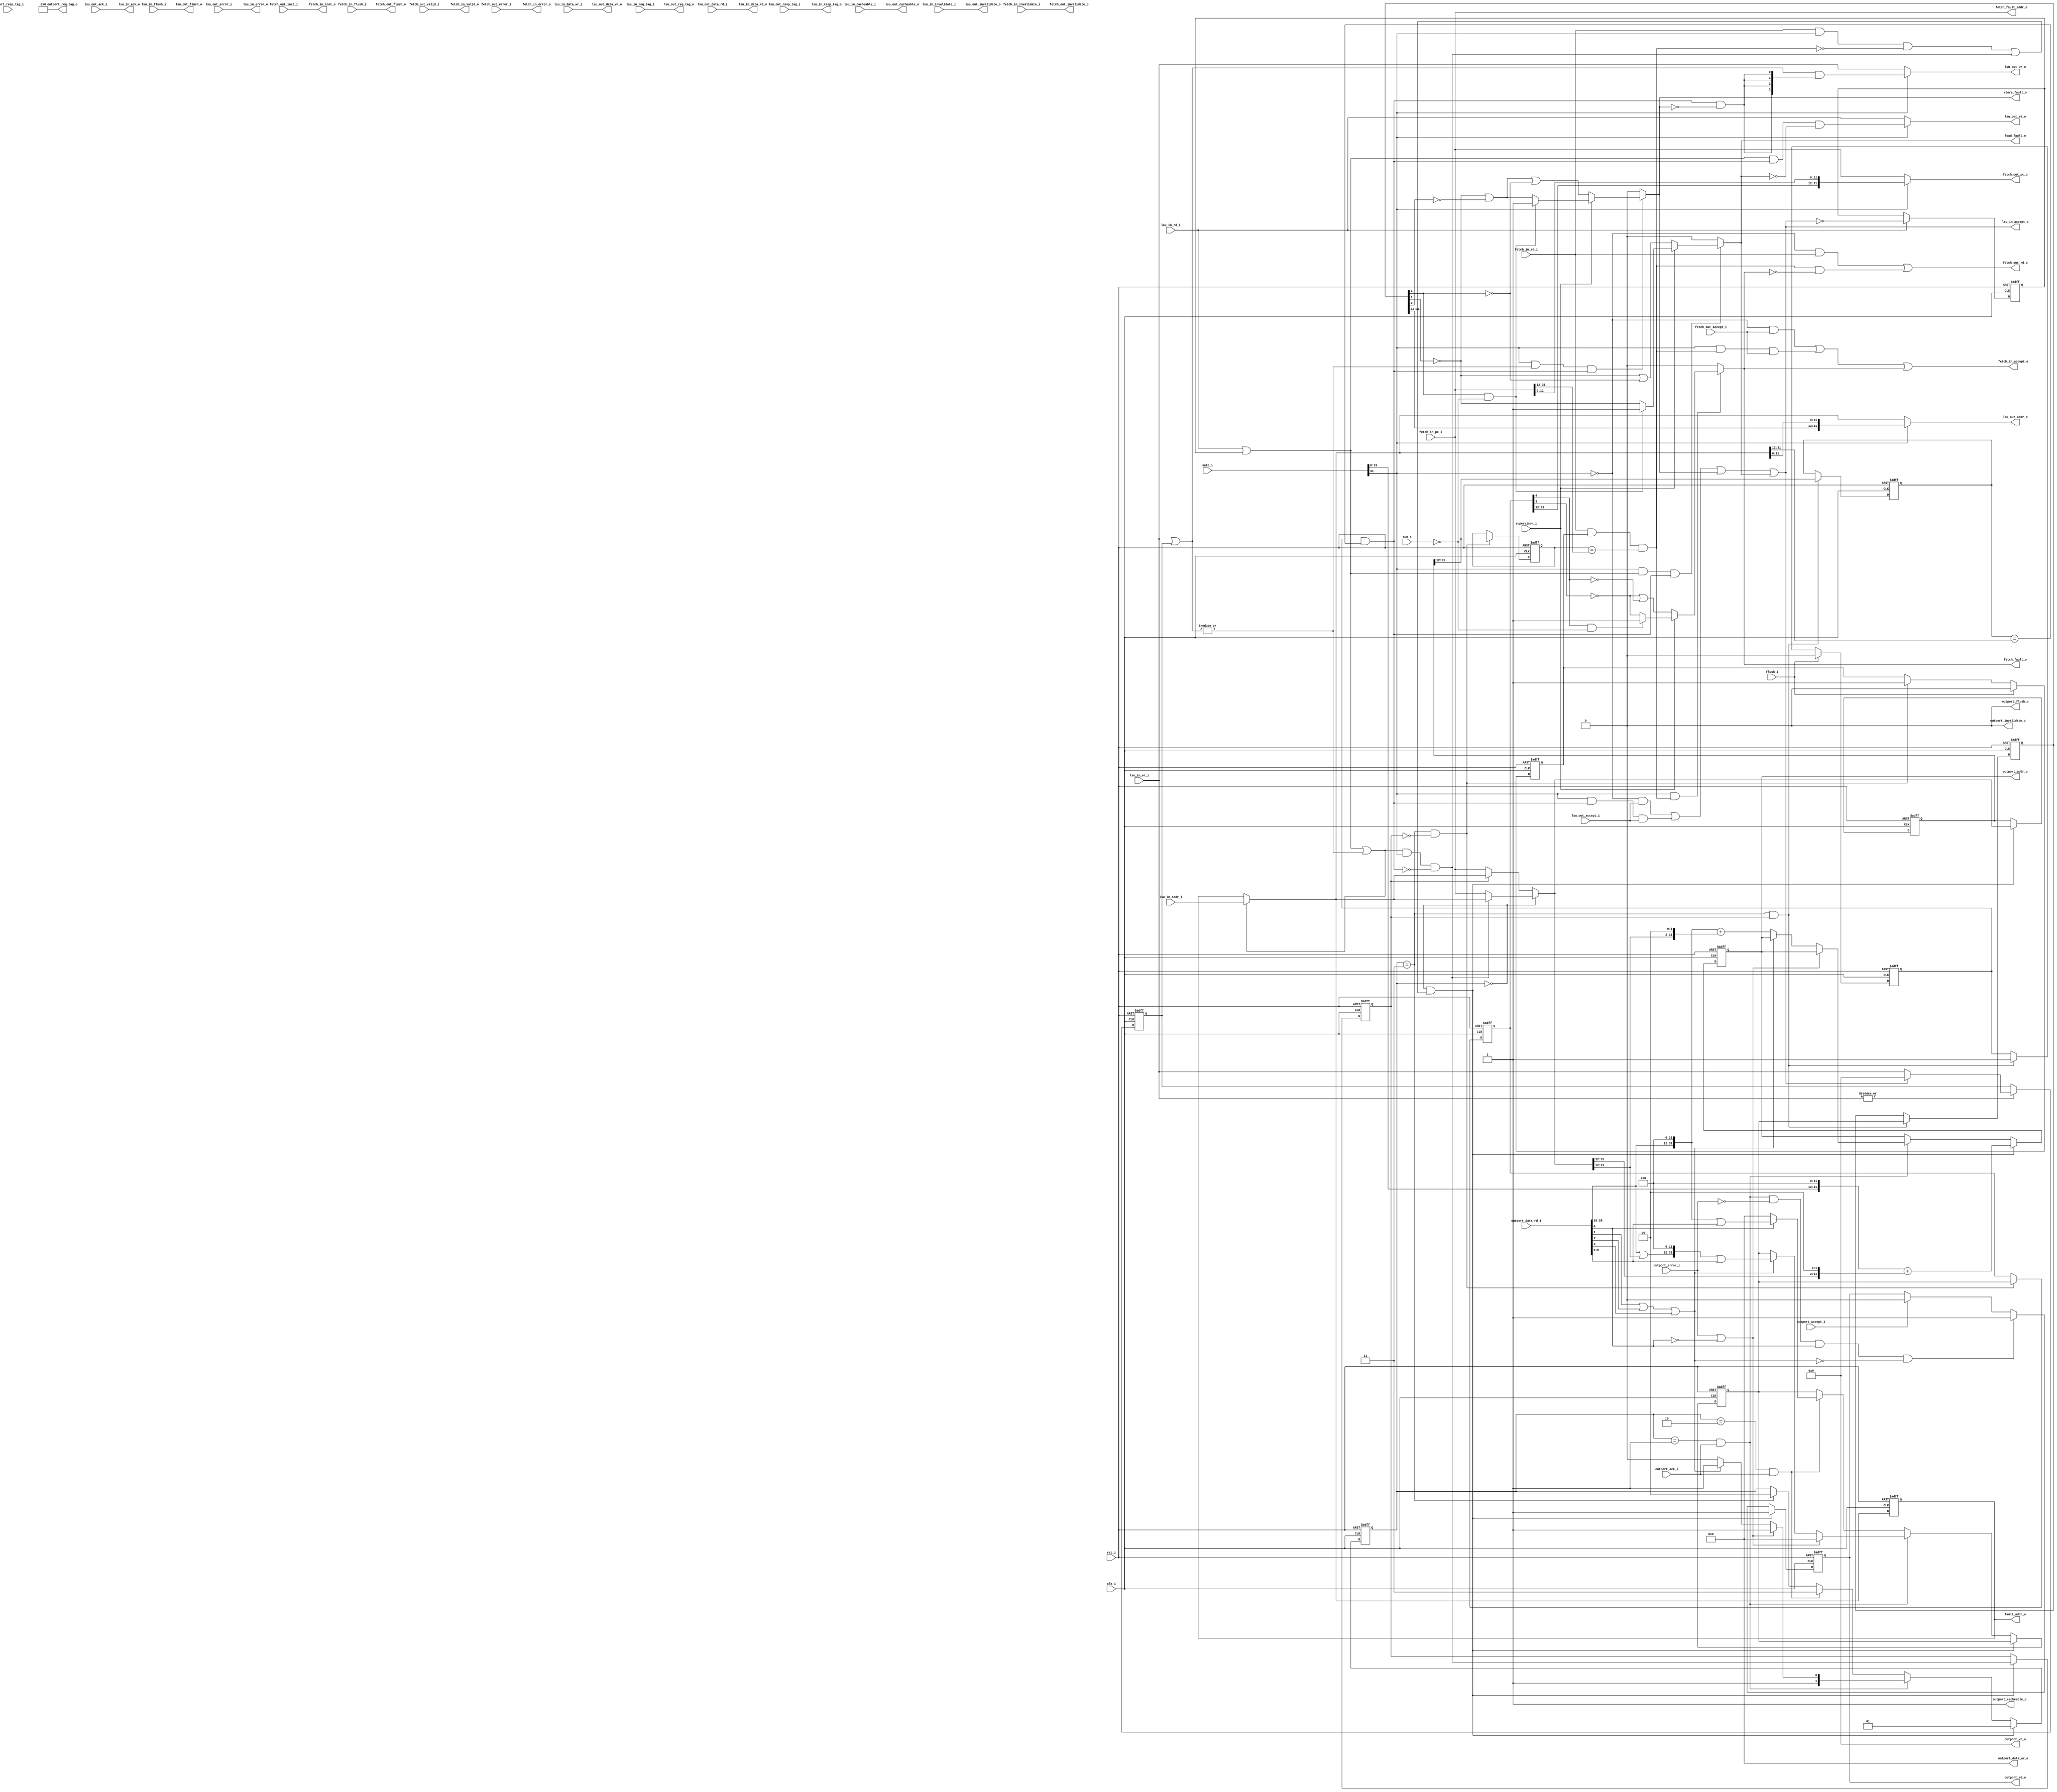
//-----------------------------------------------------------------
//                         RISC-V Core
//                            V0.9.7
//                     Ultra-Embedded.com
//                     Copyright 2014-2019
//
//                   admin@ultra-embedded.com
//
//                       License: BSD
//-----------------------------------------------------------------
//
// Copyright (c) 2014-2019, Ultra-Embedded.com
// All rights reserved.
// 
// Redistribution and use in source and binary forms, with or without
// modification, are permitted provided that the following conditions 
// are met:
//   - Redistributions of source code must retain the above copyright
//     notice, this list of conditions and the following disclaimer.
//   - Redistributions in binary form must reproduce the above copyright
//     notice, this list of conditions and the following disclaimer 
//     in the documentation and/or other materials provided with the 
//     distribution.
//   - Neither the name of the author nor the names of its contributors 
//     may be used to endorse or promote products derived from this 
//     software without specific prior written permission.
// 
// THIS SOFTWARE IS PROVIDED BY THE COPYRIGHT HOLDERS AND CONTRIBUTORS 
// "AS IS" AND ANY EXPRESS OR IMPLIED WARRANTIES, INCLUDING, BUT NOT 
// LIMITED TO, THE IMPLIED WARRANTIES OF MERCHANTABILITY AND FITNESS FOR 
// A PARTICULAR PURPOSE ARE DISCLAIMED. IN NO EVENT SHALL THE AUTHOR BE 
// LIABLE FOR ANY DIRECT, INDIRECT, INCIDENTAL, SPECIAL, EXEMPLARY, OR 
// CONSEQUENTIAL DAMAGES (INCLUDING, BUT NOT LIMITED TO, PROCUREMENT OF 
// SUBSTITUTE GOODS OR SERVICES; LOSS OF USE, DATA, OR PROFITS; OR 
// BUSINESS INTERRUPTION) HOWEVER CAUSED AND ON ANY THEORY OF 
// LIABILITY, WHETHER IN CONTRACT, STRICT LIABILITY, OR TORT
// (INCLUDING NEGLIGENCE OR OTHERWISE) ARISING IN ANY WAY OUT OF 
// THE USE OF THIS SOFTWARE, EVEN IF ADVISED OF THE POSSIBILITY OF 
// SUCH DAMAGE.
//-----------------------------------------------------------------

module riscv_mmu
(
    // Inputs
     input           clk_i
    ,input           rst_i
    ,input  [ 31:0]  outport_data_rd_i
    ,input           outport_accept_i
    ,input           outport_ack_i
    ,input           outport_error_i
    ,input  [ 10:0]  outport_resp_tag_i
    ,input           supervisor_i
    ,input           sum_i
    ,input           flush_i
    ,input  [ 31:0]  satp_i
    ,input           fetch_in_rd_i
    ,input           fetch_in_flush_i
    ,input           fetch_in_invalidate_i
    ,input  [ 31:0]  fetch_in_pc_i
    ,input           fetch_out_accept_i
    ,input           fetch_out_valid_i
    ,input           fetch_out_error_i
    ,input  [ 31:0]  fetch_out_inst_i
    ,input  [ 31:0]  lsu_in_addr_i
    ,input  [ 31:0]  lsu_in_data_wr_i
    ,input           lsu_in_rd_i
    ,input  [  3:0]  lsu_in_wr_i
    ,input           lsu_in_cacheable_i
    ,input  [ 10:0]  lsu_in_req_tag_i
    ,input           lsu_in_invalidate_i
    ,input           lsu_in_flush_i
    ,input  [ 31:0]  lsu_out_data_rd_i
    ,input           lsu_out_accept_i
    ,input           lsu_out_ack_i
    ,input           lsu_out_error_i
    ,input  [ 10:0]  lsu_out_resp_tag_i

    // Outputs
    ,output [ 31:0]  outport_addr_o
    ,output [ 31:0]  outport_data_wr_o
    ,output          outport_rd_o
    ,output [  3:0]  outport_wr_o
    ,output          outport_cacheable_o
    ,output [ 10:0]  outport_req_tag_o
    ,output          outport_invalidate_o
    ,output          outport_flush_o
    ,output          fetch_in_accept_o
    ,output          fetch_in_valid_o
    ,output          fetch_in_error_o
    ,output [ 31:0]  fetch_in_inst_o
    ,output          fetch_out_rd_o
    ,output          fetch_out_flush_o
    ,output          fetch_out_invalidate_o
    ,output [ 31:0]  fetch_out_pc_o
    ,output          fetch_fault_o
    ,output [ 31:0]  fetch_fault_addr_o
    ,output [ 31:0]  lsu_in_data_rd_o
    ,output          lsu_in_accept_o
    ,output          lsu_in_ack_o
    ,output          lsu_in_error_o
    ,output [ 10:0]  lsu_in_resp_tag_o
    ,output [ 31:0]  lsu_out_addr_o
    ,output [ 31:0]  lsu_out_data_wr_o
    ,output          lsu_out_rd_o
    ,output [  3:0]  lsu_out_wr_o
    ,output          lsu_out_cacheable_o
    ,output [ 10:0]  lsu_out_req_tag_o
    ,output          lsu_out_invalidate_o
    ,output          lsu_out_flush_o
    ,output          load_fault_o
    ,output          store_fault_o
    ,output [ 31:0]  fault_addr_o
);



//-----------------------------------------------------------------
// Params
//-----------------------------------------------------------------

// Current state
localparam  STATE_IDLE         = 0;
localparam  STATE_LEVEL_FIRST  = 1;
localparam  STATE_LEVEL_SECOND = 2;
localparam  STATE_UPDATE       = 3;

//-----------------------------------------------------------------
// SATP CSR bits
//-----------------------------------------------------------------
`define SATP_PPN_R        19:0 // TODO: Should be 21??
`define SATP_ASID_R       30:22
`define SATP_MODE_R       31

//--------------------------------------------------------------------
// MMU Defs
//--------------------------------------------------------------------
`define MMU_LEVELS          2
`define MMU_PTIDXBITS       10
`define MMU_PTESIZE         4
`define MMU_PGSHIFT         (`MMU_PTIDXBITS + 2)
`define MMU_PGSIZE          (1 << `MMU_PGSHIFT)
`define MMU_VPN_BITS        (`MMU_PTIDXBITS * `MMU_LEVELS)
`define MMU_PPN_BITS        (32 - `MMU_PGSHIFT)
`define MMU_VA_BITS         (`MMU_VPN_BITS + `MMU_PGSHIFT)

`define PAGE_PRESENT   0
`define PAGE_READ      1
`define PAGE_WRITE     2
`define PAGE_EXEC      3
`define PAGE_USER      4
`define PAGE_GLOBAL    5
`define PAGE_ACCESSED  6
`define PAGE_DIRTY     7
`define PAGE_SOFT      9:8

`define PAGE_FLAGS     10'h3FF

`define PAGE_PFN_SHIFT 10
`define PAGE_SIZE      4096

//-----------------------------------------------------------------
// Registers
//-----------------------------------------------------------------
reg [1:0]   state_q;
wire        idle_w      = (state_q == STATE_IDLE);

wire     resp_valid_w   = outport_ack_i;
wire     resp_error_w   = outport_error_i;

//-----------------------------------------------------------------
// Load / Store
//-----------------------------------------------------------------
reg       load_q;
reg [3:0] store_q;

always @ (posedge clk_i or posedge rst_i)
if (rst_i)
    load_q <= 1'b0;
else if (lsu_in_rd_i)
    load_q <= ~lsu_in_accept_o;

always @ (posedge clk_i or posedge rst_i)
if (rst_i)
    store_q <= 4'b0;
else if (|lsu_in_wr_i)
    store_q <= lsu_in_accept_o ? 4'b0 : lsu_in_wr_i;

wire       load_w  = lsu_in_rd_i | load_q;
wire [3:0] store_w = lsu_in_wr_i | store_q;

reg [31:0] lsu_in_addr_q;

always @ (posedge clk_i or posedge rst_i)
if (rst_i)
    lsu_in_addr_q <= 32'b0;
else if (load_w || (|store_w))
    lsu_in_addr_q <= lsu_in_addr_i;

wire [31:0] lsu_addr_w = (load_w || (|store_w)) ? lsu_in_addr_i : lsu_in_addr_q;

//-----------------------------------------------------------------
// Misc
//-----------------------------------------------------------------
wire        itlb_hit_w;
wire        dtlb_hit_w;

reg         dtlb_req_q;

wire        vm_enable_w = satp_i[`SATP_MODE_R];
wire [31:0] ptbr_w      = {satp_i[`SATP_PPN_R], 12'b0};

// TLB entry does not match request address
wire        itlb_miss_w = fetch_in_rd_i & vm_enable_w & ~itlb_hit_w;
wire        dtlb_miss_w = (load_w || (|store_w)) & vm_enable_w & ~dtlb_hit_w;

// Data miss is higher priority than instruction...
wire [31:0] request_addr_w = idle_w ? 
                            (dtlb_miss_w ? lsu_addr_w : fetch_in_pc_i) :
                             dtlb_req_q ? lsu_addr_w : fetch_in_pc_i;

reg [31:0]  pte_addr_q;
reg [31:0]  pte_entry_q;
reg [31:0]  virt_addr_q;

wire [31:0] pte_ppn_w   = {`PAGE_PFN_SHIFT'b0, outport_data_rd_i[31:`PAGE_PFN_SHIFT]};
wire [9:0]  pte_flags_w = outport_data_rd_i[9:0];

always @ (posedge clk_i or posedge rst_i)
if (rst_i)
begin
    pte_addr_q  <= 32'b0;
    pte_entry_q <= 32'b0;
    virt_addr_q <= 32'b0;
    dtlb_req_q  <= 1'b0;
    state_q     <= STATE_IDLE;
end
else
begin
    // TLB miss, walk page table
    if (state_q == STATE_IDLE && (itlb_miss_w || dtlb_miss_w))
    begin
        pte_addr_q  <= ptbr_w + {20'b0, request_addr_w[31:22], 2'b0};
        virt_addr_q <= request_addr_w;
        dtlb_req_q  <= dtlb_miss_w;

        state_q     <= STATE_LEVEL_FIRST;
    end
    // First level (4MB superpage)
    else if (state_q == STATE_LEVEL_FIRST && resp_valid_w)
    begin
        // Error or page not present
        if (resp_error_w || !outport_data_rd_i[`PAGE_PRESENT])
        begin
            pte_entry_q <= 32'b0;
            state_q     <= STATE_UPDATE;
        end
        // Valid entry, but another level to fetch
        else if (!(outport_data_rd_i[`PAGE_READ] || outport_data_rd_i[`PAGE_WRITE] || outport_data_rd_i[`PAGE_EXEC]))
        begin
            pte_addr_q  <= {outport_data_rd_i[29:10], 12'b0} + {20'b0, request_addr_w[21:12], 2'b0};
            state_q     <= STATE_LEVEL_SECOND;
        end
        // Valid entry, actual valid PTE
        else
        begin
            pte_entry_q <= ((pte_ppn_w | {22'b0, request_addr_w[21:12]}) << `MMU_PGSHIFT) | {22'b0, pte_flags_w};
            state_q     <= STATE_UPDATE;
        end
    end
    // Second level (4KB page)
    else if (state_q == STATE_LEVEL_SECOND && resp_valid_w)
    begin
        // Valid entry, final level
        if (outport_data_rd_i[`PAGE_PRESENT])
        begin
            pte_entry_q <= (pte_ppn_w << `MMU_PGSHIFT) | {22'b0, pte_flags_w};
            state_q     <= STATE_UPDATE;
        end
        // Page fault
        else
        begin
            pte_entry_q <= 32'b0;
            state_q     <= STATE_UPDATE;
        end
    end
    else if (state_q == STATE_UPDATE)
    begin
        state_q    <= STATE_IDLE;
    end
end

//-----------------------------------------------------------------
// IMMU TLB
//-----------------------------------------------------------------
reg         itlb_valid_q;
reg [31:12] itlb_va_addr_q;
reg [31:0]  itlb_entry_q;

always @ (posedge clk_i or posedge rst_i)
if (rst_i)
    itlb_valid_q <= 1'b0;
else if (flush_i)
    itlb_valid_q <= 1'b0;
else if (state_q == STATE_UPDATE && !dtlb_req_q)
    itlb_valid_q <= 1'b1;

always @ (posedge clk_i or posedge rst_i)
if (rst_i)
begin
    itlb_va_addr_q <= 20'b0;
    itlb_entry_q   <= 32'b0;
end
else if (state_q == STATE_UPDATE && !dtlb_req_q)
begin
    itlb_va_addr_q <= virt_addr_q[31:12];
    itlb_entry_q   <= pte_entry_q;
end

// TLB address matched (even on page fault)
assign itlb_hit_w   = fetch_in_rd_i & itlb_valid_q & (itlb_va_addr_q == fetch_in_pc_i[31:12]);

reg pc_fault_r;
always @ *
begin
    pc_fault_r = 1'b0;

    if (vm_enable_w && itlb_hit_w)
    begin
        // Supervisor mode
        if (supervisor_i)
        begin
            // User page, supervisor user mode not enabled
            if (itlb_entry_q[`PAGE_USER] && !sum_i)
                pc_fault_r = 1'b1;
            // Check exec permissions
            else
                pc_fault_r = ~itlb_entry_q[`PAGE_EXEC];
        end
        // User mode
        else
            pc_fault_r = (~itlb_entry_q[`PAGE_EXEC]) | (~itlb_entry_q[`PAGE_USER]);
    end
end

assign fetch_fault_o          = pc_fault_r;
assign fetch_fault_addr_o     = fetch_in_pc_i;

assign fetch_out_rd_o         = (~vm_enable_w & fetch_in_rd_i) || (itlb_hit_w & ~fetch_fault_o);
assign fetch_out_pc_o         = vm_enable_w ? {itlb_entry_q[31:12], fetch_in_pc_i[11:0]} : fetch_in_pc_i;
assign fetch_out_flush_o      = fetch_in_flush_i;
assign fetch_out_invalidate_o = fetch_in_invalidate_i; // TODO: ...

assign fetch_in_accept_o      = (~vm_enable_w & fetch_out_accept_i) | (vm_enable_w & itlb_hit_w & fetch_out_accept_i) | fetch_fault_o;
assign fetch_in_valid_o       = fetch_out_valid_i;
assign fetch_in_error_o       = fetch_out_error_i;
assign fetch_in_inst_o        = fetch_out_inst_i;

//-----------------------------------------------------------------
// DMMU TLB
//-----------------------------------------------------------------
reg         dtlb_valid_q;
reg [31:12] dtlb_va_addr_q;
reg [31:0]  dtlb_entry_q;

always @ (posedge clk_i or posedge rst_i)
if (rst_i)
    dtlb_valid_q <= 1'b0;
else if (flush_i)
    dtlb_valid_q <= 1'b0;
else if (state_q == STATE_UPDATE && dtlb_req_q)
    dtlb_valid_q <= 1'b1;

always @ (posedge clk_i or posedge rst_i)
if (rst_i)
begin
    dtlb_va_addr_q <= 20'b0;
    dtlb_entry_q   <= 32'b0;
end
else if (state_q == STATE_UPDATE && dtlb_req_q)
begin
    dtlb_va_addr_q <= virt_addr_q[31:12];
    dtlb_entry_q   <= pte_entry_q;
end

// TLB address matched (even on page fault)
assign dtlb_hit_w   = dtlb_valid_q & (dtlb_va_addr_q == lsu_addr_w[31:12]);

reg load_fault_r;
always @ *
begin
    load_fault_r = 1'b0;

    if (vm_enable_w && load_w && dtlb_hit_w)
    begin
        // Supervisor mode
        if (supervisor_i)
        begin
            // User page, supervisor user mode not enabled
            if (dtlb_entry_q[`PAGE_USER] && !sum_i)
                load_fault_r = 1'b1;
            // Check exec permissions
            else
                load_fault_r = ~dtlb_entry_q[`PAGE_READ];
        end
        // User mode
        else
            load_fault_r = (~dtlb_entry_q[`PAGE_READ]) | (~dtlb_entry_q[`PAGE_USER]);
    end
end

reg store_fault_r;
always @ *
begin
    store_fault_r = 1'b0;

    if (vm_enable_w && (|store_w) && dtlb_hit_w)
    begin
        // Supervisor mode
        if (supervisor_i)
        begin
            // User page, supervisor user mode not enabled
            if (dtlb_entry_q[`PAGE_USER] && !sum_i)
                store_fault_r = 1'b1;
            // Check exec permissions
            else
                store_fault_r = (~dtlb_entry_q[`PAGE_READ]) | (~dtlb_entry_q[`PAGE_WRITE]);
        end
        // User mode
        else
            store_fault_r = (~dtlb_entry_q[`PAGE_READ]) | (~dtlb_entry_q[`PAGE_WRITE]) | (~dtlb_entry_q[`PAGE_USER]);
    end
end

assign store_fault_o        = store_fault_r;
assign load_fault_o         = load_fault_r;
assign fault_addr_o         = lsu_in_addr_q;

assign lsu_out_rd_o         = vm_enable_w ? (load_w  & dtlb_hit_w & ~load_fault_o)       : lsu_in_rd_i;
assign lsu_out_wr_o         = vm_enable_w ? (store_w & {4{dtlb_hit_w & ~store_fault_o}}) : lsu_in_wr_i;
assign lsu_out_addr_o       = vm_enable_w ? {dtlb_entry_q[31:12], lsu_addr_w[11:0]}      : lsu_addr_w;
assign lsu_out_data_wr_o    = lsu_in_data_wr_i;

assign lsu_out_invalidate_o = lsu_in_invalidate_i;
assign lsu_out_cacheable_o  = lsu_in_cacheable_i;
assign lsu_out_req_tag_o    = lsu_in_req_tag_i;
assign lsu_out_flush_o      = lsu_in_flush_i;

assign lsu_in_ack_o         = lsu_out_ack_i;
assign lsu_in_resp_tag_o    = lsu_out_resp_tag_i;
assign lsu_in_error_o       = lsu_out_error_i;
assign lsu_in_data_rd_o     = lsu_out_data_rd_i;

assign lsu_in_accept_o      = (~vm_enable_w & lsu_out_accept_i) | (vm_enable_w & dtlb_hit_w & lsu_out_accept_i) | store_fault_o | load_fault_o;

//-----------------------------------------------------------------
// PTE Fetch Port
//-----------------------------------------------------------------
reg mem_req_q;

always @ (posedge clk_i or posedge rst_i)
if (rst_i)
    mem_req_q <= 1'b0;
else if (state_q == STATE_IDLE && (itlb_miss_w || dtlb_miss_w))
    mem_req_q <= 1'b1;
else if (state_q == STATE_LEVEL_FIRST && resp_valid_w && !resp_error_w && outport_data_rd_i[`PAGE_PRESENT] && (!(outport_data_rd_i[`PAGE_READ] || outport_data_rd_i[`PAGE_WRITE] || outport_data_rd_i[`PAGE_EXEC])))
    mem_req_q <= 1'b1;    
else if (outport_accept_i)
    mem_req_q <= 1'b0;

assign outport_rd_o         = mem_req_q;
assign outport_addr_o       = pte_addr_q;
assign outport_data_wr_o    = 32'b0;
assign outport_wr_o         = 4'b0;
assign outport_cacheable_o  = 1'b1; // TODO: Really??
assign outport_req_tag_o    = 11'b0;
assign outport_invalidate_o = 1'b0;
assign outport_flush_o      = 1'b0;


endmodule